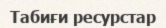
Табиғи ресурстар